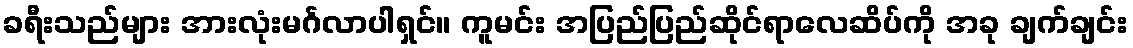
ခရီးသည်များ အားလုံးမင်္ဂလာပါရှင်။ ကူမင်း အပြည်ပြည်ဆိုင်ရာလေဆိပ်ကို အခု ချက်ချင်း